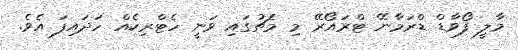
މާލީ ފޯވާޑް ޑްރަމާނޭ ޓްރައޯރޭ މި މެޗުގައި ވަނީ ހެޓްރިކެއް ހަދައިފަ އެވެ.